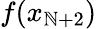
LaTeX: f(x_{\mathbb{N}+2})